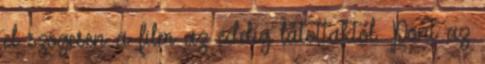
el szögesen a film az eddig látottaktól. Pont az